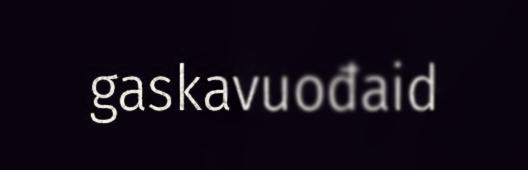
gaskavuođaid